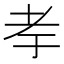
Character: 𰭨